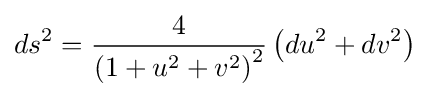
ds^{2}={\frac {4}{\left(1+u^{2}+v^{2}\right)^{2}}}\left(du^{2}+dv^{2}\right)